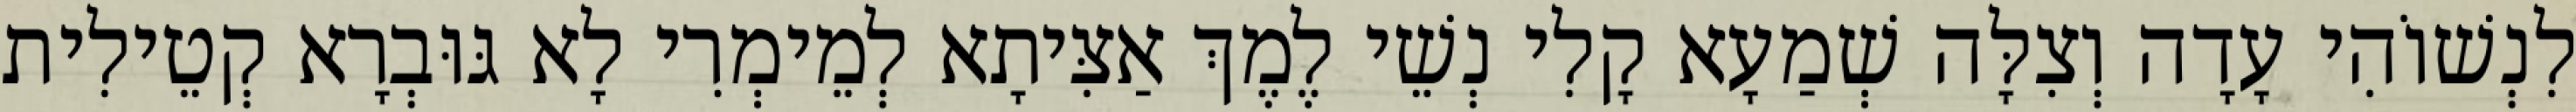
לִנְשׁוֹהִי עָדָה וְצִלָּה שְׁמַעָא קָלִי נְשֵׁי לֶמֶךְ אַצִּיתָא לְמֵימְרִי לָא גּוּבְרָא קְטֵילִית